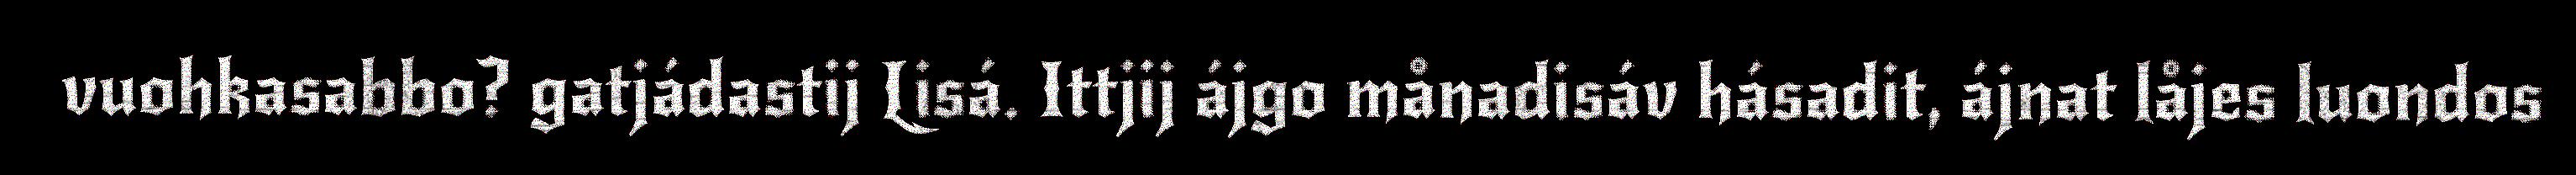
vuohkasabbo? gatjádastij Lisá. Ittjij ájgo månadisáv hásadit, ájnat låjes luondos